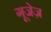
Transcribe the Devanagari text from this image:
गूजेज़